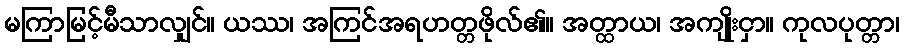
မကြာမြင့်မီသာလျှင်။ ယဿ၊ အကြင်အရဟတ္တဖိုလ်၏။ အတ္ထာယ၊ အကျိုးငှာ။ ကုလပုတ္တာ၊